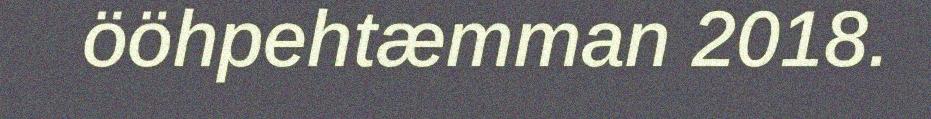
ööhpehtæmman 2018.